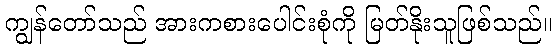
ကျွန်တော်သည် အားကစားပေါင်းစုံကို မြတ်နိုးသူဖြစ်သည်။